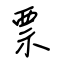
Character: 票